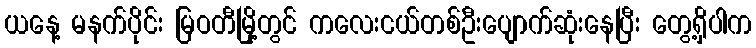
ယနေ့ မနက်ပိုင်း မြဝတီမြို့တွင် ကလေးငယ်တစ်ဦးပျောက်ဆုံးနေပြီး တွေ့ရှိပါက